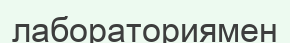
лабораториямен